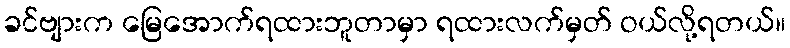
ခင်ဗျားက မြေအောက်ရထားဘူတာမှာ ရထားလက်မှတ် ဝယ်လို့ရတယ်။